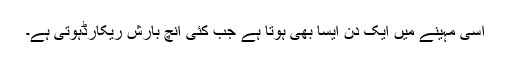
اسی مہینے میں ایک دن ایسا بھی ہوتا ہے جب کئی انچ بارش ریکارڈہوتی ہے۔